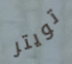
تويتر